Report of the Indian Hemp Drugs Commission, 1894-1895 - Volume IV
Year: 1894
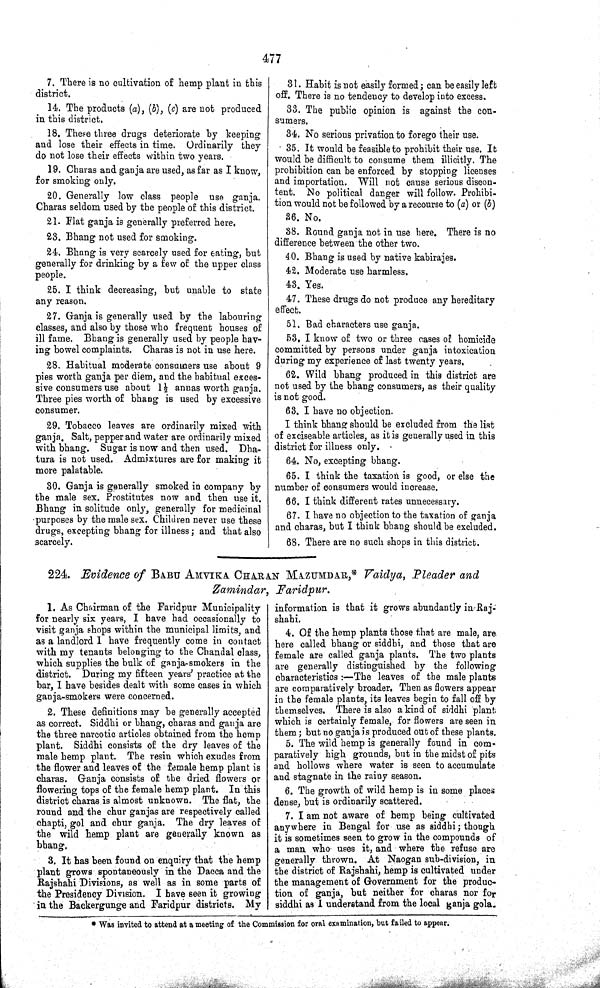
477
7. There is no cultivation of hemp plant in this
district.
14. The products (a), (b), (c) are not produced
in this district.
18. These three drugs deteriorate by keeping
and lose their effects in time. Ordinarily they
do not lose their effects within two years.
19. Charas and ganja are used, as far as I know,
for smoking only.
20. Generally low class people use ganja.
Charas seldom used by the people of this district.
21. Flat ganja is generally preferred here.
23. Bhang not used for smoking.
24. Bhang is very scarcely used for eating, but
generally for drinking by a few of the upper class
people.
25. I think decreasing, but unable to state
any reason.
27. Ganja is generally used by the labouring
classes, and also by those who frequent houses of
ill fame. Bhang is generally used by people hav-
ing bowel complaints. Charas is not in use here.
28. Habitual moderate consumers use about 9
pies worth ganja per diem, and the habitual exces-
sive consumers use about 11/2 annas worth ganja.
Three pies worth of bhang is used by excessive
consumer.
29. Tobacco leaves are ordinarily mixed with
ganja. Salt, pepper and water are ordinarily mixed
with bhang. Sugar is now and then used. Dha-
tura is not used. Admixtures are for making it
more palatable.
30. Ganja is generally smoked in company by
the male sex. Prostitutes now and then use it.
Bhang in solitude only, generally for medicinal
purposes by the male sex. Children never use these
drugs, excepting bhang for illness; and that also
scarcely.
31. Habit is not easily formed; can be easily left
off. There is no tendency to develop into excess.
33. The public opinion is against the con-
sumers.
34. No serious privation to forego their use.
35. It would be feasible to prohibit their use. It
would be difficult to consume them illicitly. The
prohibition can be enforced by stopping licenses
and importation. Will not cause serious discon-
tent. No political danger will follow. Prohibi-
tion would not be followed by a recourse to (a) or (b)
36. No.
38. Round ganja not in use here. There is no
difference between the other two.
40. Bhang is used by native kabirajes.
42. Moderate use harmless.
43. Yes.
47. These drugs do not produce any hereditary
effect.
51. Bad characters use ganja.
53. I know of two or three cases of homicide
committed by persons under ganja intoxication
during my experience of last twenty years.
62. Wild bhang produced in this district are
not used by the bhang consumers, as their quality
is not good.
63. I have no objection.
I think bhang should be excluded from the list
of exciseable articles, as it is generally used in this
district for illness
only.
64. No, excepting bhang.
65. I think the taxation is good, or else the
number of consumers would increase.
66. I think different rates unnecessary.
67. I have no objection to the taxation of ganja
and charas, but I think bhang should be excluded.
68. There are no such shops in this district.
224. Evidence of BABU AMVIKA CHARAN MAZUMDAR,* Vaidya, Pleader and
Zamindar, Faridpur.
1. As Chairman of the Faridpur Municipality
for nearly six years, I have had occasionally to
visit ganja shops within the municipal limits, and
as a landlord I have frequently come in contact
with my tenants belonging to the Chandal class,
which supplies the bulk of ganja-smokers in the
district. During my fifteen years' practice at the
bar, I have besides dealt with some cases in which
ganja-smokers were concerned.
2. These definitions may be generally accepted
as correct. Siddhi or bhang, charas and ganja are
the three narcotic articles obtained from the hemp
plant. Siddhi consists of the dry leaves of the
male hemp plant. The resin which exudes from
the flower and leaves of the female hemp plant is
charas. Ganja consists of the dried flowers or
flowering tops of the female hemp plant. In this
district charas is almost unknown. The flat, the
round and the chur ganjas are respectively called
chapti, gol and chur ganja. The dry leaves of
the wild hemp plant are generally known as
bhang.
3. It has been found on enquiry that the hemp
plant grows spontaneously in the Dacca and the
Rajshahi Divisions, as well as in some parts of
the Presidency Division. I have seen it growing
in the Backergunge and Faridpur districts. My
information is that it grows abundantly in Raj-
shahi.
4. Of the hemp plants those that are male, are
here called bhang or siddhi, and those that are
female are called ganja plants. The two plants
are generally distinguished by the following
characteristics:—The leaves of the male plants
are comparatively broader. Then as flowers appear
in the female plants, its leaves begin to fall off by
themselves. There is also a kind of siddhi plant
which is certainly female, for flowers are seen in
them; but no ganja is produced out of these plants.
5. The wild hemp is generally found in com-
paratively high grounds, but in the midst of pits
and hollows where water is seen to accumulate
and stagnate in the rainy season.
6. The growth of wild hemp is in some places
dense, but is ordinarily scattered.
7. I am not aware of hemp being cultivated
anywhere in Bengal for use as siddhi; though
it is sometimes seen to grow in the compounds of
a man who uses it, and where the refuse are
generally thrown. At Naogan sub-division, in
the district of Rajshahi, hemp is cultivated under
the management of Government for the produc-
tion of ganja, but neither for charas nor for
siddhi as I understand from the local ganja gola.
* Was invited to attend at a meeting of the Commission for oral examination, but failed to appear.